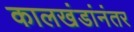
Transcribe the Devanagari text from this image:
कालखंडांनंतर